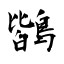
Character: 鶛